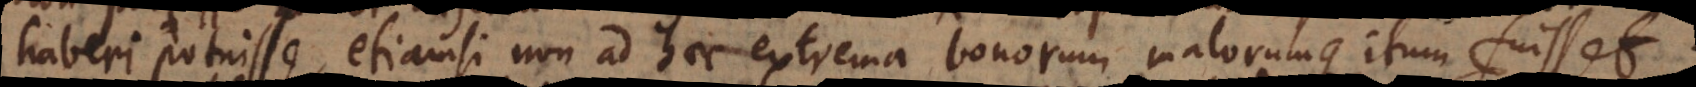
haberi potuisse, etiamsi non ad haec extrema bonorum malorumque itum fuisset.